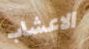
الاعشاب